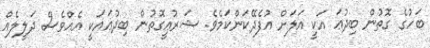
ބަހުގެ ގޮތުން ބިދުޢަ އަކީ އަލަށް އުފެދޭކަންކަމެވެ. ޝަރުޢީގޮތުން ބިދުޢައަކީ އެއްވެސް ދަލީލެއް